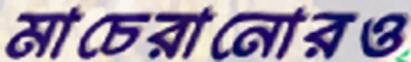
মাচেরানোরও